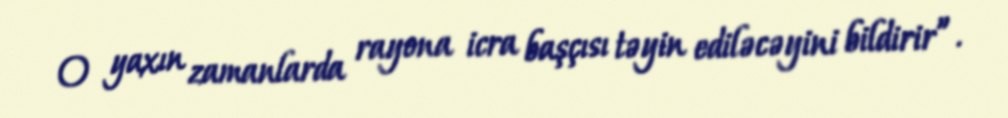
O yaxın zamanlarda rayona icra başçısı təyin ediləcəyini bildirir”.